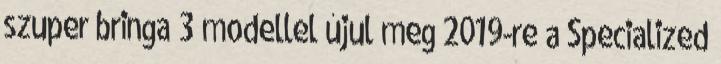
szuper bringa 3 modellel újul meg 2019-re a Specialized